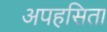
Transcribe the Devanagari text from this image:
अपहसिता